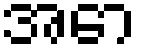
အော